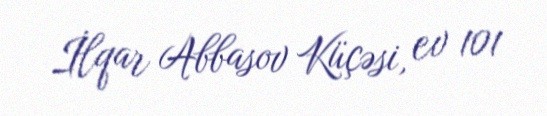
İlqar Abbasov Küçəsi, ev 101